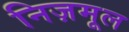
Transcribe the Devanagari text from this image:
निज़मूल